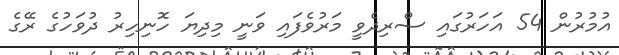
އުމުރުން 54 އަހަރުގައި ސްރިދެވީ މަރުވެފައި ވަނީ މިދިޔަ ހޮނިހިރު ދުވަހުގެ ރޭގެ